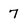
Character: 7